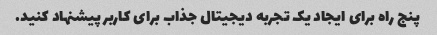
پنج راه برای ایجاد یک تجربه دیجیتال جذاب برای کاربر پیشنهاد کنید.